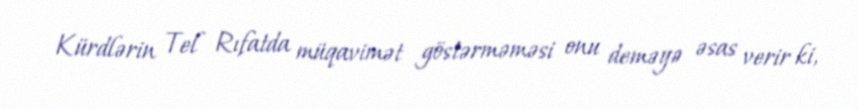
Kürdlərin Tel Rıfatda müqavimət göstərməməsi onu deməyə əsas verir ki,